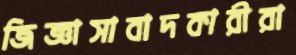
জিজ্ঞাসাবাদকারীরা